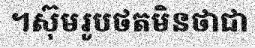
។ស៊ុមរូបថតមិនថាជា